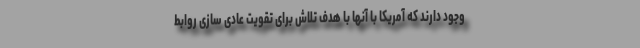
وجود دارند که آمریکا با آنها با هدف تلاش برای تقویت عادی سازی روابط